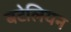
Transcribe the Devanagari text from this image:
बटेलियन